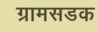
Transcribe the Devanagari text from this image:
ग्रामसडक